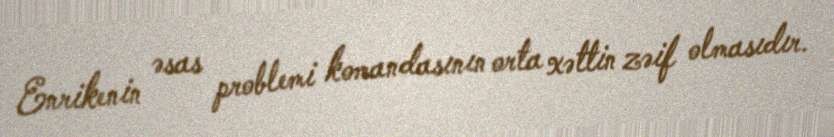
Enrikenin əsas problemi komandasının orta xəttin zəif olmasıdır.